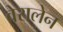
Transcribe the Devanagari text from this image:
वेरालेन